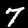
Digit: 7